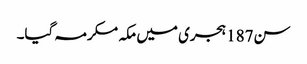
سن187 ہجری میں مکہ مکرمہ گیا۔